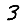
Digit: 3